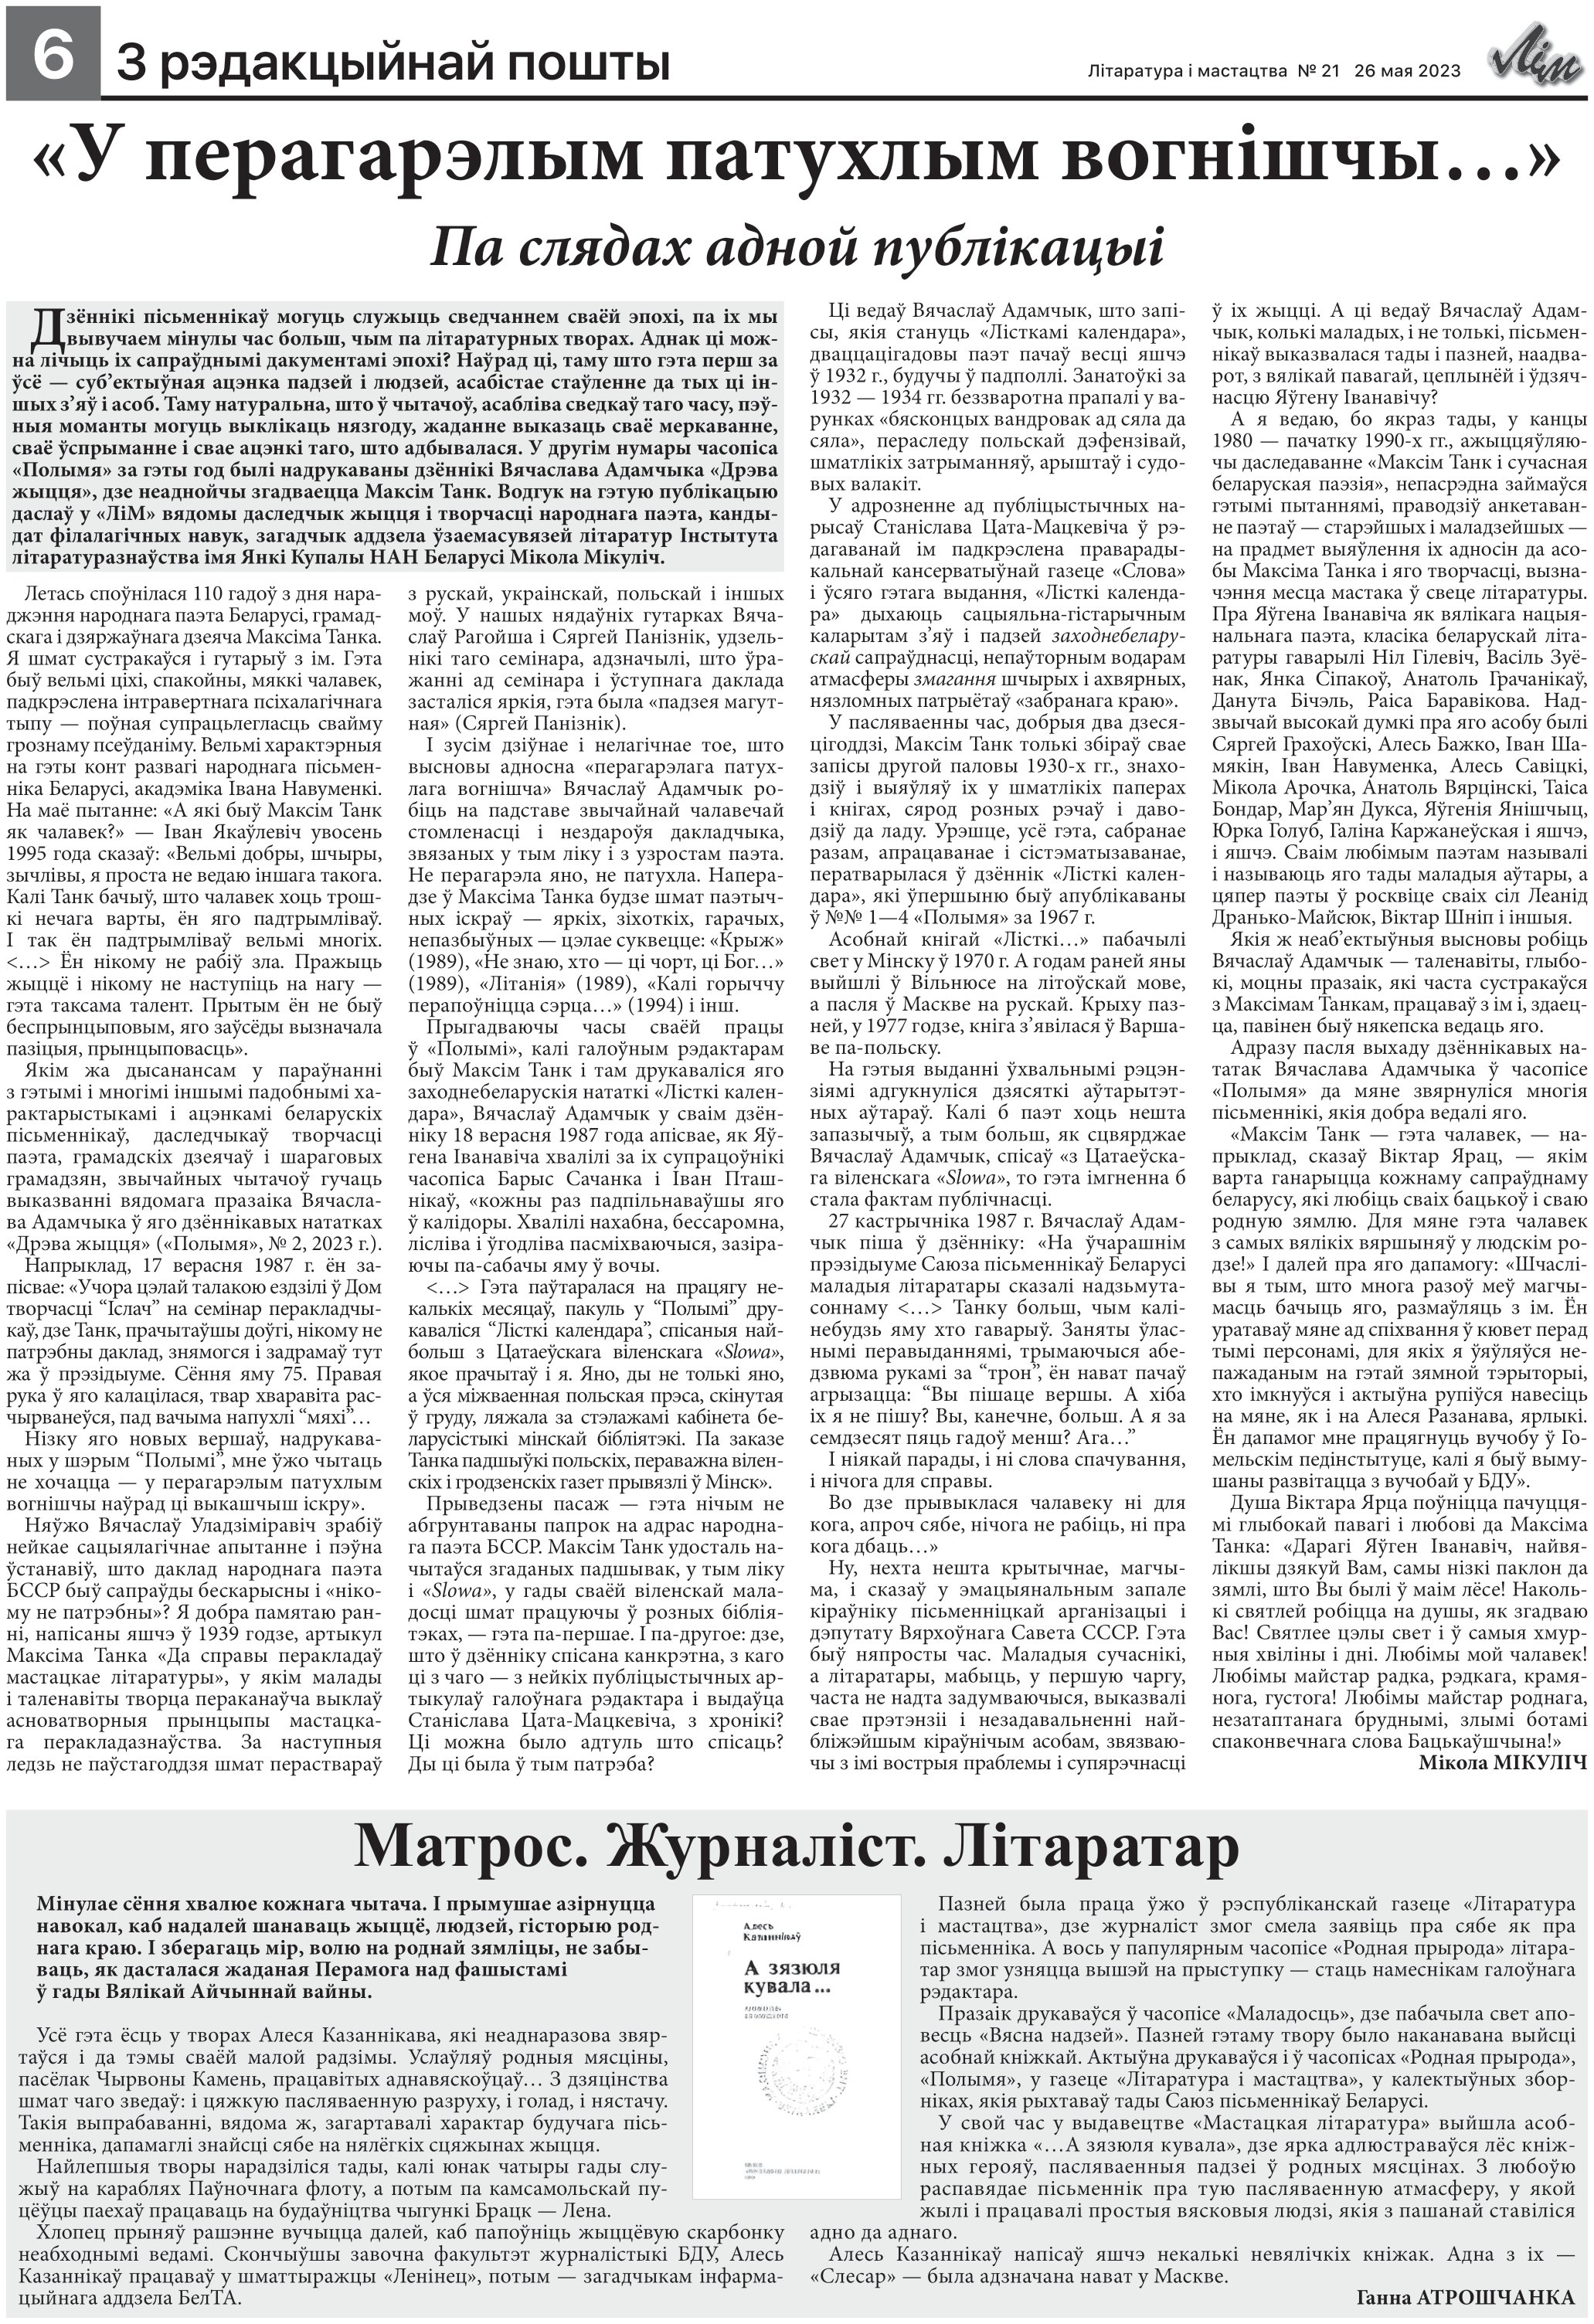
Language: be